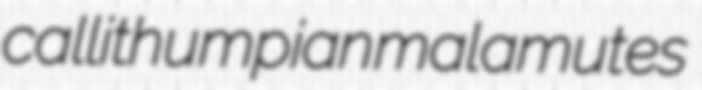
callithumpian malamutes